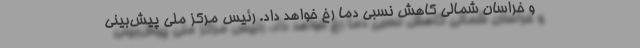
و خراسان شمالی کاهش نسبی دما رخ خواهد داد. رئیس مرکز ملی پیش‌بینی